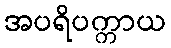
အပရိပက္ကာယ